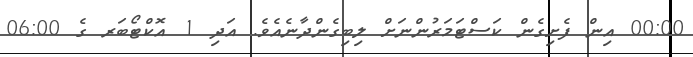
00:00 އިން ފެށިގެން ކަސްޓަމަރުންނަށް ލިބިގެންދާނެއެވެ. އަދި 1 އޮކްޓޯބަރ ގެ 06:00